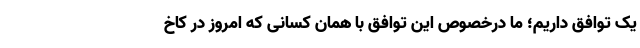
یک توافق داریم؛ ما درخصوص این توافق با همان کسانی که امروز در کاخ